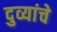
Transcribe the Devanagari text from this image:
दुव्यांचे